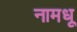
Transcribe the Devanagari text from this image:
नामधू